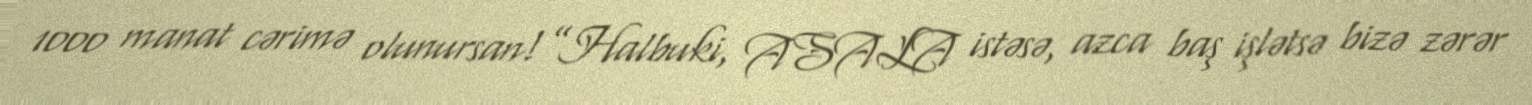
1000 manat cərimə olunursan!”Halbuki, ASALA istəsə, azca baş işlətsə bizə zərər